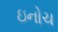
ઇનોચ